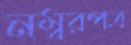
নম্বরপত্র